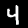
Label: 4